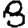
Digit: 8